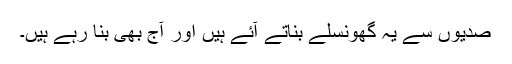
صدیوں سے یہ گھونسلے بناتے آئے ہیں اور آج بھی بنا رہے ہیں۔